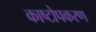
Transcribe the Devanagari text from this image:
काष्टोपकरण